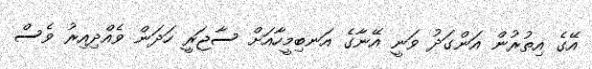
އޭގެ އިތުރުން އަންގަދު ވަނީ އޭނާގެ އަނބިމީހާއަށް ސާޖަރީ ހަދަން ވެއްދިއިރު ވެސް